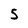
Character: 5